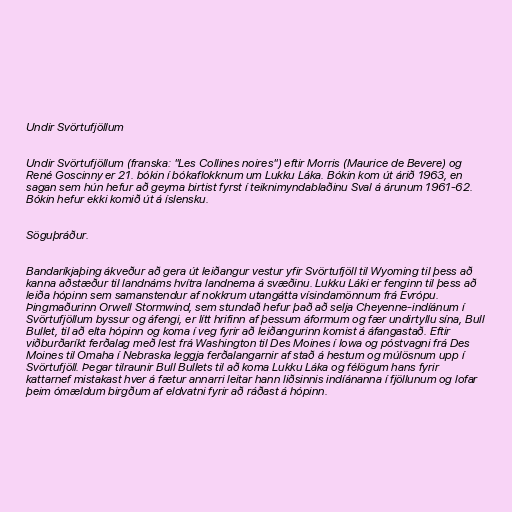
Undir Svörtufjöllum

Undir Svörtufjöllum (franska: "Les Collines noires") eftir Morris (Maurice de Bevere) og
René Goscinny er 21. bókin í bókaflokknum um Lukku Láka. Bókin kom út árið 1963, en
sagan sem hún hefur að geyma birtist fyrst í teiknimyndablaðinu Sval á árunum 1961-62.
Bókin hefur ekki komið út á íslensku.

Söguþráður.

Bandaríkjaþing ákveður að gera út leiðangur vestur yfir Svörtufjöll til Wyoming til þess að
kanna aðstæður til landnáms hvítra landnema á svæðinu. Lukku Láki er fenginn til þess að
leiða hópinn sem samanstendur af nokkrum utangátta vísindamönnum frá Evrópu.
Þingmaðurinn Orwell Stormwind, sem stundað hefur það að selja Cheyenne-indíánum í
Svörtufjöllum byssur og áfengi, er lítt hrifinn af þessum áformum og fær undirtyllu sína, Bull
Bullet, til að elta hópinn og koma í veg fyrir að leiðangurinn komist á áfangastað. Eftir
viðburðaríkt ferðalag með lest frá Washington til Des Moines í Iowa og póstvagni frá Des
Moines til Omaha í Nebraska leggja ferðalangarnir af stað á hestum og múlösnum upp í
Svörtufjöll. Þegar tilraunir Bull Bullets til að koma Lukku Láka og félögum hans fyrir
kattarnef mistakast hver á fætur annarri leitar hann liðsinnis indíánanna í fjöllunum og lofar
þeim ómældum birgðum af eldvatni fyrir að ráðast á hópinn.